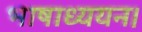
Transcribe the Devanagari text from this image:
भाषाध्ययन।